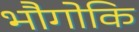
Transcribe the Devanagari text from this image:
भौगोकि